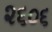
૨૬૦૬